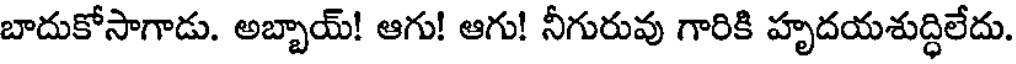
బాదుకోసాగాడు. అబ్బాయ్! ఆగు! ఆగు! నీగురువు గారికి హృదయశుద్ధిలేదు.